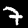
Label: 7